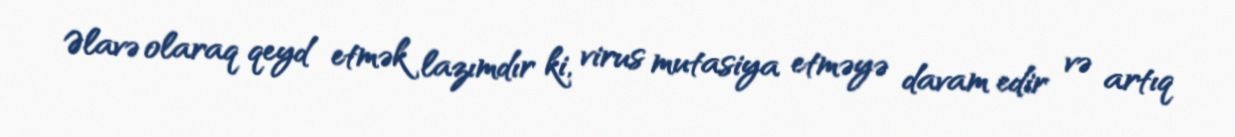
Əlavə olaraq qeyd etmək lazımdır ki, virus mutasiya etməyə davam edir və artıq